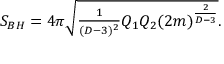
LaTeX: S _ { B H } = 4 \pi \sqrt { { \textstyle { \frac { 1 } { ( D - 3 ) ^ { 2 } } } } Q _ { 1 } Q _ { 2 } { ( 2 m ) } ^ { \frac { 2 } { D - 3 } } } .